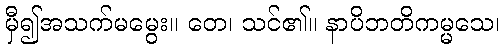
မှီ၍အသက်မမွေး။ တေ၊ သင်၏။ နာပိဘတိကမ္မသေ၊